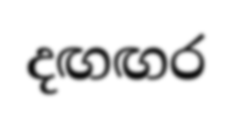
දඟඟර